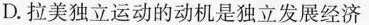
D.拉美独立运动的动机是独立发展经济